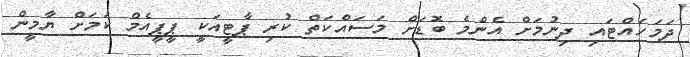
ދަމަހައްޓައި ދިނުމަށް އެންމެ ބޮޑަށް މަސައްކަތް ކުރި ޕާޓީއަކީ ޕީޕީއެމް ކަމަށް ޔާމީން